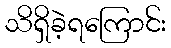
သိရှိခဲ့ရကြောင်း